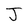
Character: J